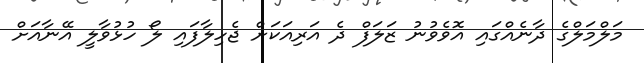
މަލްމަލްގެ ދާނެއްގައި އޮވެވުނު ޒަލަފް ދެ އަރިއަކަށް ޖެހިލާފައި ލޯ ހުޅުވާލީ އޭނާއަށް